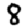
Digit: 8